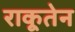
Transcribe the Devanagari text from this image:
राकूतेन